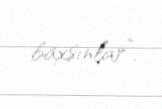
baxsınlar”.